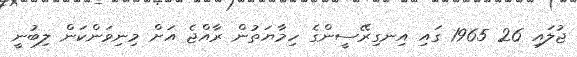
ޖުލައި 26 1965 ގައި އިނގިރޭސީންގެ ހިމާޔަތުން ރާއްޖެ އަށް މިނިވަންކަން ލިބުނީ